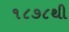
૧૮૭૮થી